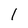
Character: 1